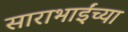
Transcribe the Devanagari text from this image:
साराभाईंच्या